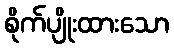
စိုက်ပျိုးထားသော